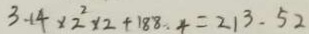
3 . 1 4 \times 2 ^ { 2 } \times 2 + 1 8 8 . 4 = 2 1 3 . 5 2